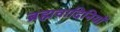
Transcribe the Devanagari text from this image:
ब्रह्मवादिनियों